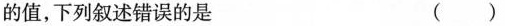
的值，下列叙述错误的是 ()